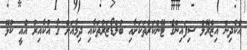
އެކުދިން އިޒްރޭލް ސިފައިންގެ ޓޭންކަރުތަކަށާއި ބުލްޑޯޒަރުތަކާއި ދިމާއަށް ގާ އުކާއިރު އެއީ ކުޅޭ